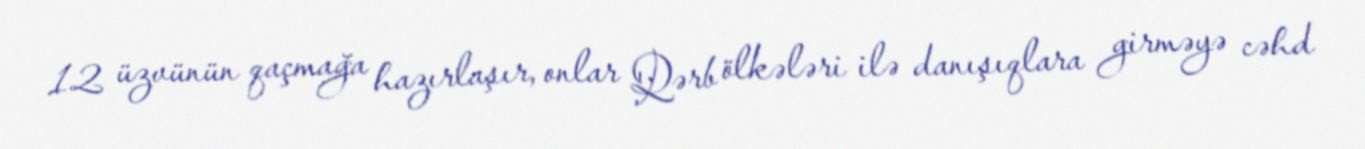
12 üzvünün qaçmağa hazırlaşır, onlar Qərb ölkələri ilə danışıqlara girməyə cəhd